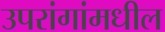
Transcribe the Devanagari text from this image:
उपरांगांमधील